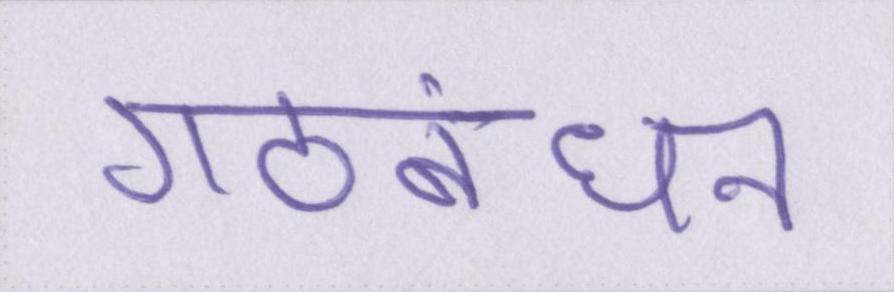
गठबंधन